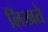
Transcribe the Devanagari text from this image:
लिखते